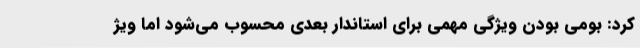
کرد: بومی بودن ویژگی مهمی برای استاندار بعدی محسوب می‌شود اما ویژ